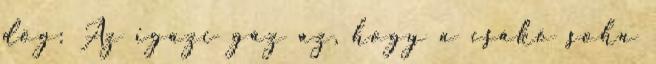
dög: Az igazi gáz az, hogy a csákó soha